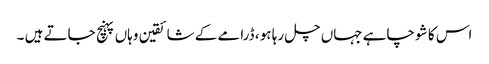
اس کا شو چاہے جہاں چل رہا ہو ، ڈرامے کے شائقین وہاں پہنچ جاتے ہیں ۔